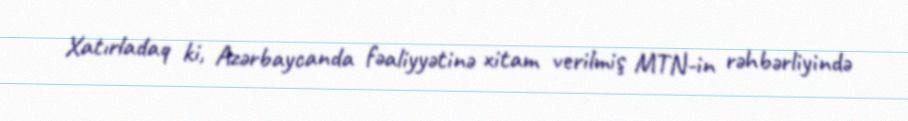
Xatırladaq ki, Azərbaycanda fəaliyyətinə xitam verilmiş MTN-in rəhbərliyində